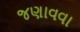
જણાવવા